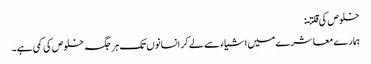
خلوص کی قلتـ:
ہمار ے معاشرے میں اشیاء سے لے کر انسانوں تک ہر جگہ خلوص کی کمی ہے۔